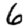
Digit: 6